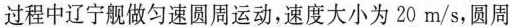
过程中辽宁舰做匀速圆周运动，速度大小为20m/s，圆周